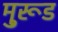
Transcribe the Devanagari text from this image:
मु्रूड